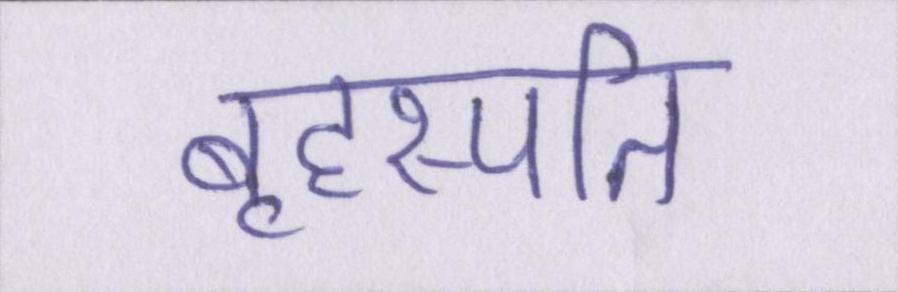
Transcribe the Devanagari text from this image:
बृहस्पति